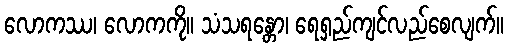
လောကဿ၊ လောကကို။ သံသရန္တော၊ ရေရှည်ကျင်လည်စေလျက်။